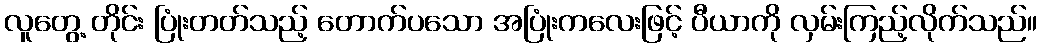
လူတွေ့ တိုင်း ပြုံးတတ်သည့် တောက်ပသော အပြုံးကလေးဖြင့် ပီယာကို လှမ်းကြည့်လိုက်သည်။